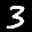
Label: 3